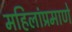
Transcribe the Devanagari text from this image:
महिलांप्रमाणे